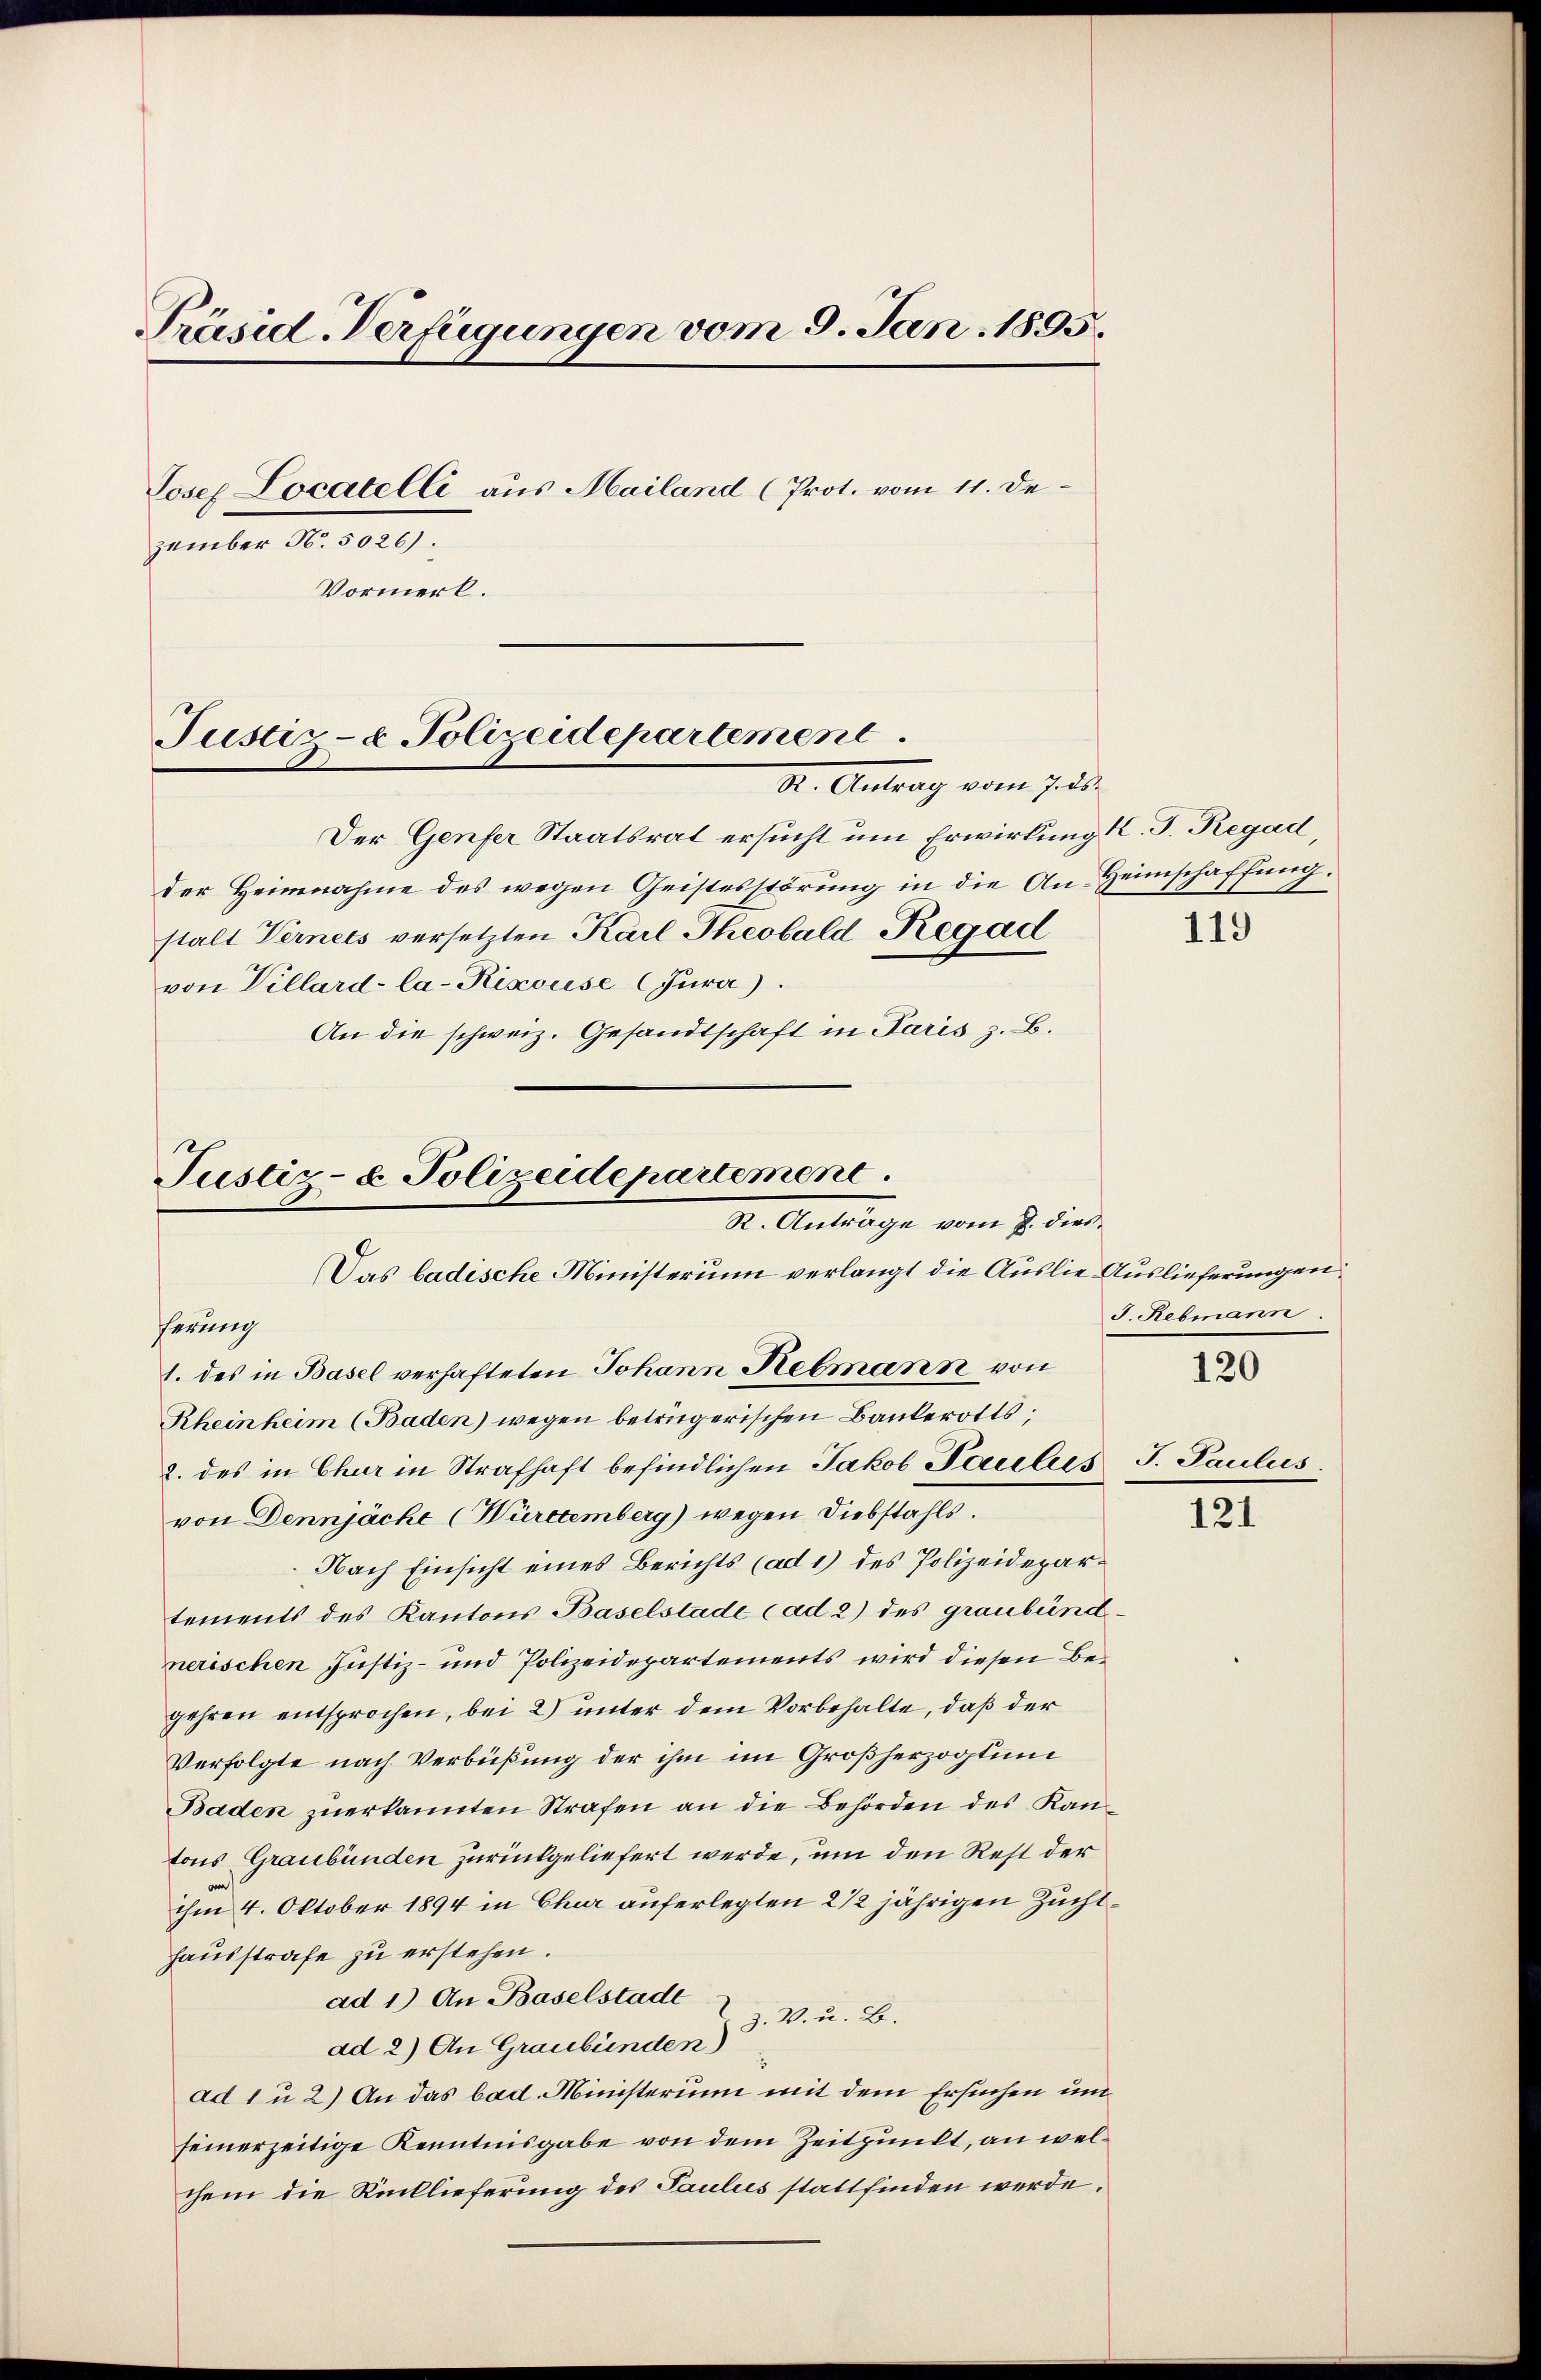
Präsid-Verfügungen vom 9. Jan. 1895.
Josef Locatelli aus Mailand (Prot. vom 11. Dezember No. 5026).
Vormerk.
Justiz- & Polizeidepartement

Justiz- & Polizeidepartement.
R. Anträge vom 7. dies
Das badische Ministerium verlangt die Auslie Auslieferungen.

II. Antrag vom 7. 50
Der Genfer Staatsrat ersucht um Erwirkung l. J. Regad,
der Heimnahme des wegen Geistesstörung in die An-Heimschaffung.
stalt Vernets versetzten Karl Theobald Regad
von Villard-la-Kixouse (Jura).
An die schweiz. Gesandtschaft in Paris z. B.
ferung
1. des in Basel verhafteten Johann Rebmann von
Rheinheim (Baden) wegen betrügerischen Bankerotts
2. des in Chur in Strafhaft befindlichen Jakob Paulies J. Paulus
von Dennjäche (Württemberg) wegen Diebstahls.
Nach Einsicht eines Berichts (ad 1) des Polizeidepartements des Kantons Baselstade (ad 2) des graubündnerischen Justiz- und Polizeidepartements wird diesen Begehren entsprochen, bei 2) unter dem Vorbehalte, daß der
Verfolgte nach Verbüßung der ihm im Großherzogtung
Baden zuerkannten Strafen an die Behörden des Kantons Graubünden zurückgeliefert werde, um den Rest der
ihm 4. Oktober 1894 in Chur auferlegten 2 1/2 jährigen Zuchthausstrafe zu erstehen.
ad 1.) An Baselstade
ad 2.) An Graubünden) d. V. u. B.
ad 1 u 2.) An das bad. Ministerium mit dem Ersuchen und
seinerzeitige Kenntnisgabe von dem Zeitpunkt, an welchem die Rücklieferung des Paulues stattfinden werde.

119

J. Rebmann
120

121